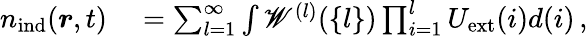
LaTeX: \begin{array}{rl}{{n}_{\mathrm{ind}}(\boldsymbol{r},t)}&{{}=\sum_{l=1}^{\infty}\int\mathscr{W}^{(l)}(\{ l\} )\prod_{i=1}^{l}U_{\mathrm{ext}}(i)d(i)\, ,}\end{array}